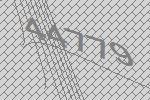
44779